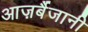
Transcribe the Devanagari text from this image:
आज़र्बैजानी